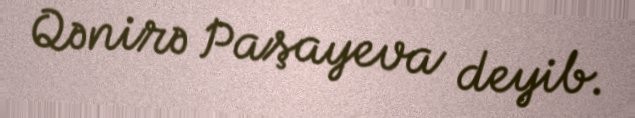
Qənirə Paşayeva deyib.